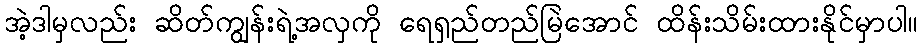
အဲ့ဒါမှလည်း ဆိတ်ကျွန်းရဲ့အလှကို ရေရှည်တည်မြဲအောင် ထိန်းသိမ်းထားနိုင်မှာပါ။